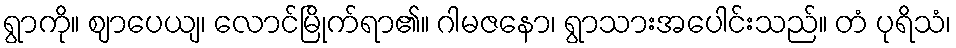
ရွာကို။ ဈာပေယျ၊ လောင်မြိုက်ရာ၏။ ဂါမဇနော၊ ရွာသားအပေါင်းသည်။ တံ ပုရိသံ၊